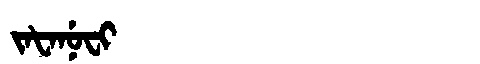
Manchu: ᠵᠠᡶᠠᠨᡠᠸᡳ
Romanization: JAFANUFI